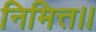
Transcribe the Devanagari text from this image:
निमित्त।।